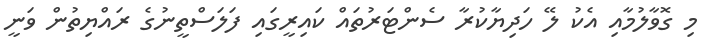
މި ގޮވާލުމާއި އެކު ލޭ ހަދިޔާކުރާ ސެންޓަރުތައް ކައިރީގައި ފަލަސްތީނުގެ ރައްޔިތުން ވަނީ